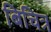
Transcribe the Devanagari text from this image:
बिचित्र